Document type: bank_statement
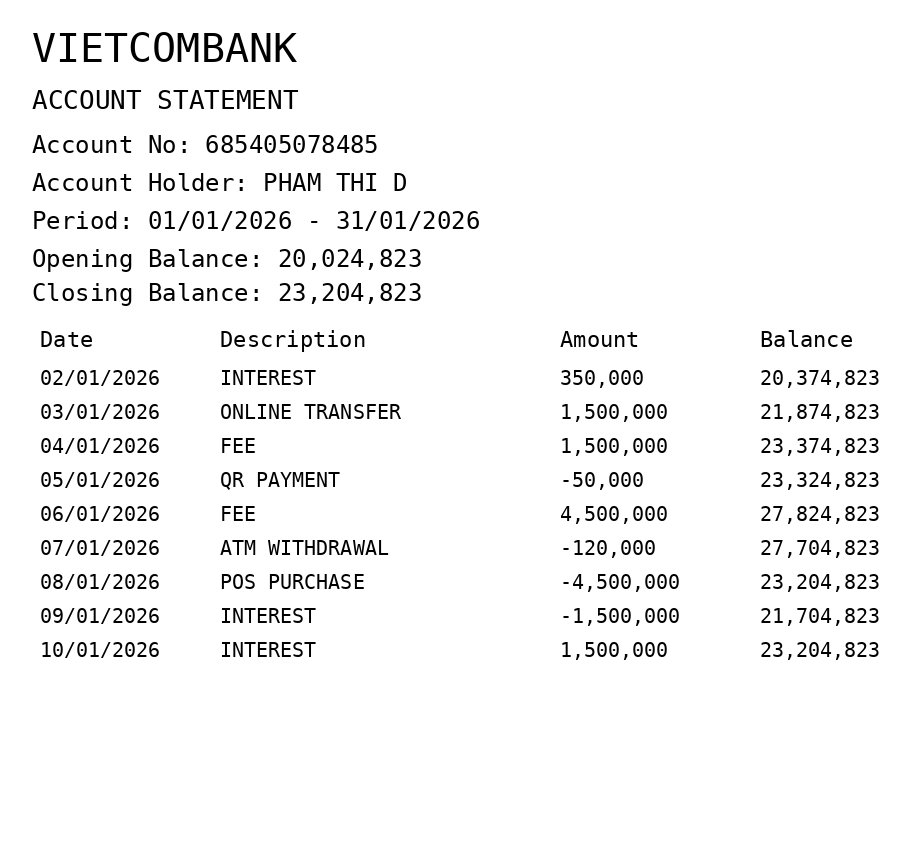
OCR transcript:
VIETCOMBANK
ACCOUNT STATEMENT
Account No: 685405078485
Account Holder: PHAM THI D
Period: 01/01/2026 - 31/01/2026
Opening Balance: 20,024,823
Closing Balance: 23,204,823
Date
Description
Amount
Balance
02/01/2026
INTEREST
350,000
20,374,823
03/01/2026
ONLINE TRANSFER
1,500,000
21,874,823
04/01/2026
FEE
1,500,000
23,374,823
05/01/2026
QR PAYMENT
-50,000
23,324,823
06/01/2026
FEE
4,500,000
27,824,823
07/01/2026
ATM WITHDRAWAL
-120,000
27,704,823
08/01/2026
POS PURCHASE
-4,500,000
23,204,823
09/01/2026
INTEREST
-1,500,000
21,704,823
10/01/2026
INTEREST
1,500,000
23,204,823
Extracted fields:
bank_name: vietcombank
account_number: 685405078485
account_holder: pham thi d
statement_period: 01/01/2026 - 31/01/2026
opening_balance: 20024823
closing_balance: 23204823
transactions: date: 2026-01-02
description: interest
amount: 350000
balance: 20374823
date: 2026-01-03
description: online transfer
amount: 1500000
balance: 21874823
date: 2026-01-04
description: fee
amount: 1500000
balance: 23374823
date: 2026-01-05
description: qr payment
amount: -50000
balance: 23324823
date: 2026-01-06
description: fee
amount: 4500000
balance: 27824823
date: 2026-01-07
description: atm withdrawal
amount: -120000
balance: 27704823
date: 2026-01-08
description: pos purchase
amount: -4500000
balance: 23204823
date: 2026-01-09
description: interest
amount: -1500000
balance: 21704823
date: 2026-01-10
description: interest
amount: 1500000
balance: 23204823